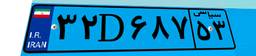
۲۰D۶۳۲۶۲